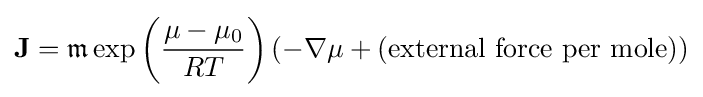
\mathbf {J} ={\mathfrak {m}}\exp \left({\frac {\mu -\mu _{0}}{RT}}\right)(-\nabla \mu +({\text{external force per mole}}))